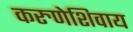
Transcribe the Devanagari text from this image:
करुणेशिवाय